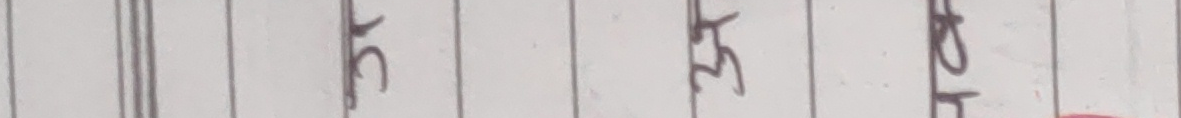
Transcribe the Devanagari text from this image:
३८ ३३ ३१